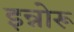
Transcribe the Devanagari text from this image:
इन्नोरू